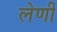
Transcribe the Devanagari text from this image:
लेणीं